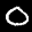
Label: 0